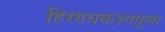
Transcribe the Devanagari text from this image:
हिरण्यकश्यपूला